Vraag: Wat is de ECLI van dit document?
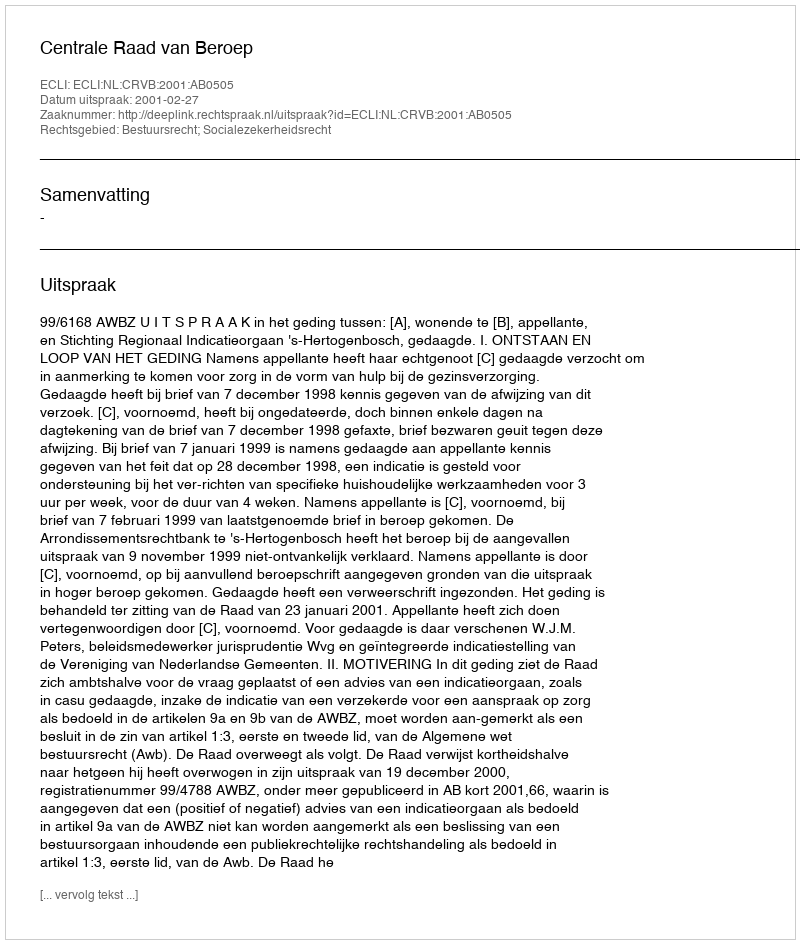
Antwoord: ECLI:NL:CRVB:2001:AB0505